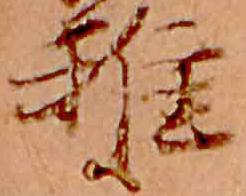
雅